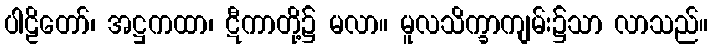
ပါဠိတော်၊ အဋ္ဌကထာ၊ ဋီကာတို့၌ မလာ။ မူလသိက္ခာကျမ်း၌သာ လာသည်။